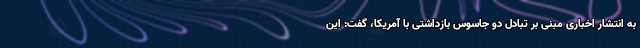
به انتشار اخباری مبنی بر تبادل دو جاسوس بازداشتی با آمریکا، گفت: این